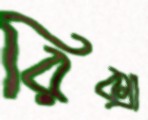
রিক্সা